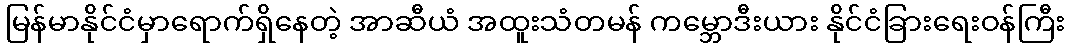
မြန်မာနိုင်ငံမှာရောက်ရှိနေတဲ့ အာဆီယံ အထူးသံတမန် ကမ္ဘောဒီးယား နိုင်ငံခြားရေးဝန်ကြီး